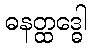
ဓနတ္ထဒ္ဓေါ